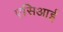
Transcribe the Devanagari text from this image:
एसिआई